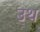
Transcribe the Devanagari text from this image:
उथ